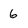
Character: 6